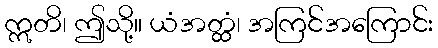
ဣတိ၊ ဤသို့။ ယံအတ္ထံ၊ အကြင်အကြောင်း